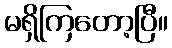
မရှိကြတော့ပြီ။